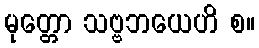
မုတ္တော သဗ္ဗဘယေဟိ စ။